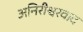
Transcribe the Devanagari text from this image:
अनिरीश्वरवाद